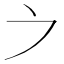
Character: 𪜊